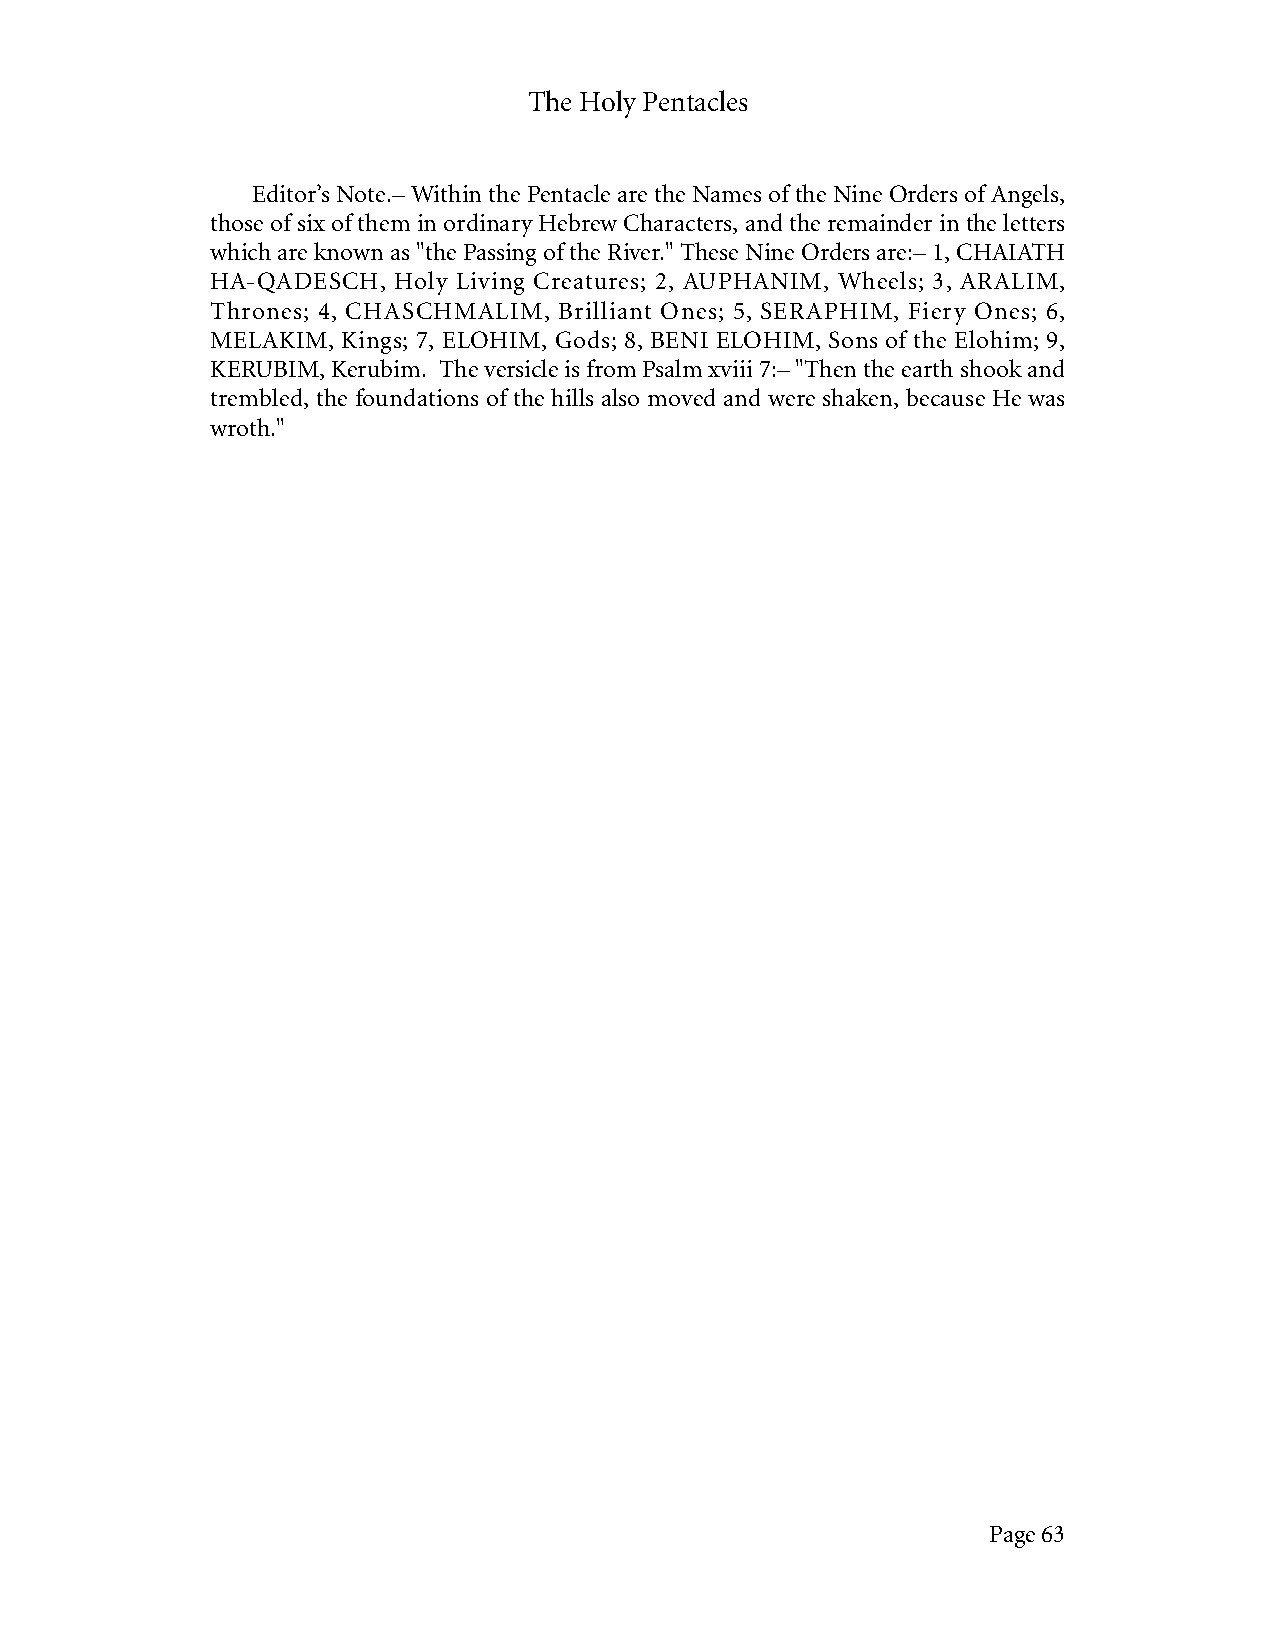
The Holy Pentacles
 Editor’s Note.– Within the Pentacle are the Names of the Nine Orders of Angels,
 those of six of them in ordinary Hebrew Characters, and the remainder in the letters
 which are known as "the Passing of the River." These Nine Orders are:– 1, CHAIATH
 HA-QADESCH, Holy Living Creatures; 2, AUPHANIM, Wheels; 3, ARALIM,
 Thrones; 4, CHASCHMALIM, Brilliant Ones; 5, SERAPHIM, Fiery Ones; 6,
 MELAKIM, Kings; 7, ELOHIM, Gods; 8, BENI ELOHIM, Sons of the Elohim; 9,
 KERUBIM, Kerubim. The versicle is from Psalm xviii 7:– "Then the earth shook and
 trembled, the foundations of the hills also moved and were shaken, because He was
 wroth."
 Page 63